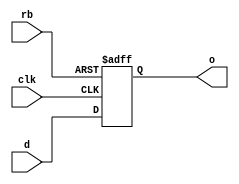
// This program was cloned from: https://github.com/intel/aib-phy-hardware
// License: Apache License 2.0

// SPDX-License-Identifier: Apache-2.0
// Copyright (C) 2019 Intel Corporation. All rights reserved
module aibnd_ff_r ( 
	input wire clk,
	input wire rb,
	input wire d,
	//input wire vss,
	//input wire vcc,
	output reg o
);

always@(posedge clk or negedge rb) begin
	if (!rb) begin
		o <= 1'b0;
	end
	else begin
		o <= d;
	end
end
endmodule